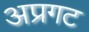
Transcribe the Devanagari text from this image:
अप्रगट